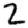
Digit: 2